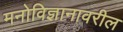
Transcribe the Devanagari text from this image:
मनोविज्ञानावरील